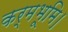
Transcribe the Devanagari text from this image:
कर्मभूमि।